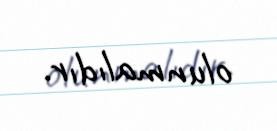
olunmalıdır.